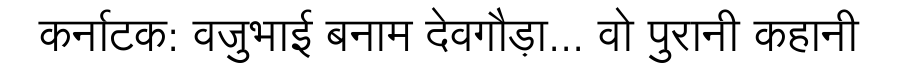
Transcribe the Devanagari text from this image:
कर्नाटक: वजुभाई बनाम देवगौड़ा... वो पुरानी कहानी